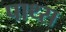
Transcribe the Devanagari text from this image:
पाथ्स